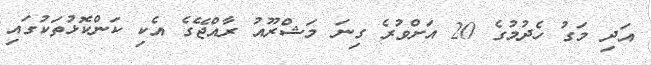
އަދި މަގު ހެދުމުގެ 20 އަށްވުރެ ގިނަ މަޝްރޫއު ރާއްޖޭގެ އެކި ކަންކޮޅުތަކުގައި